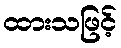
ထားသဖြင့်